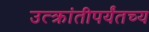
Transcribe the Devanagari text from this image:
उत्क्रांतीपर्यंतच्य